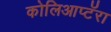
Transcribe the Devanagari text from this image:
कोलिआप्टॅरा